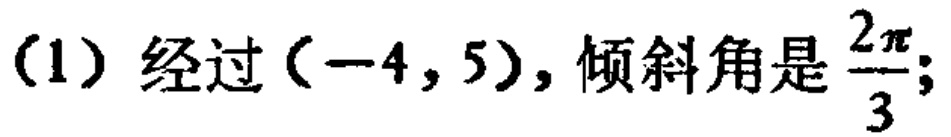
(1) 经过\((-4,5)\)，倾斜角是\(\frac{2\pi}{3}\)；